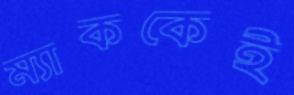
ম্যাককেই